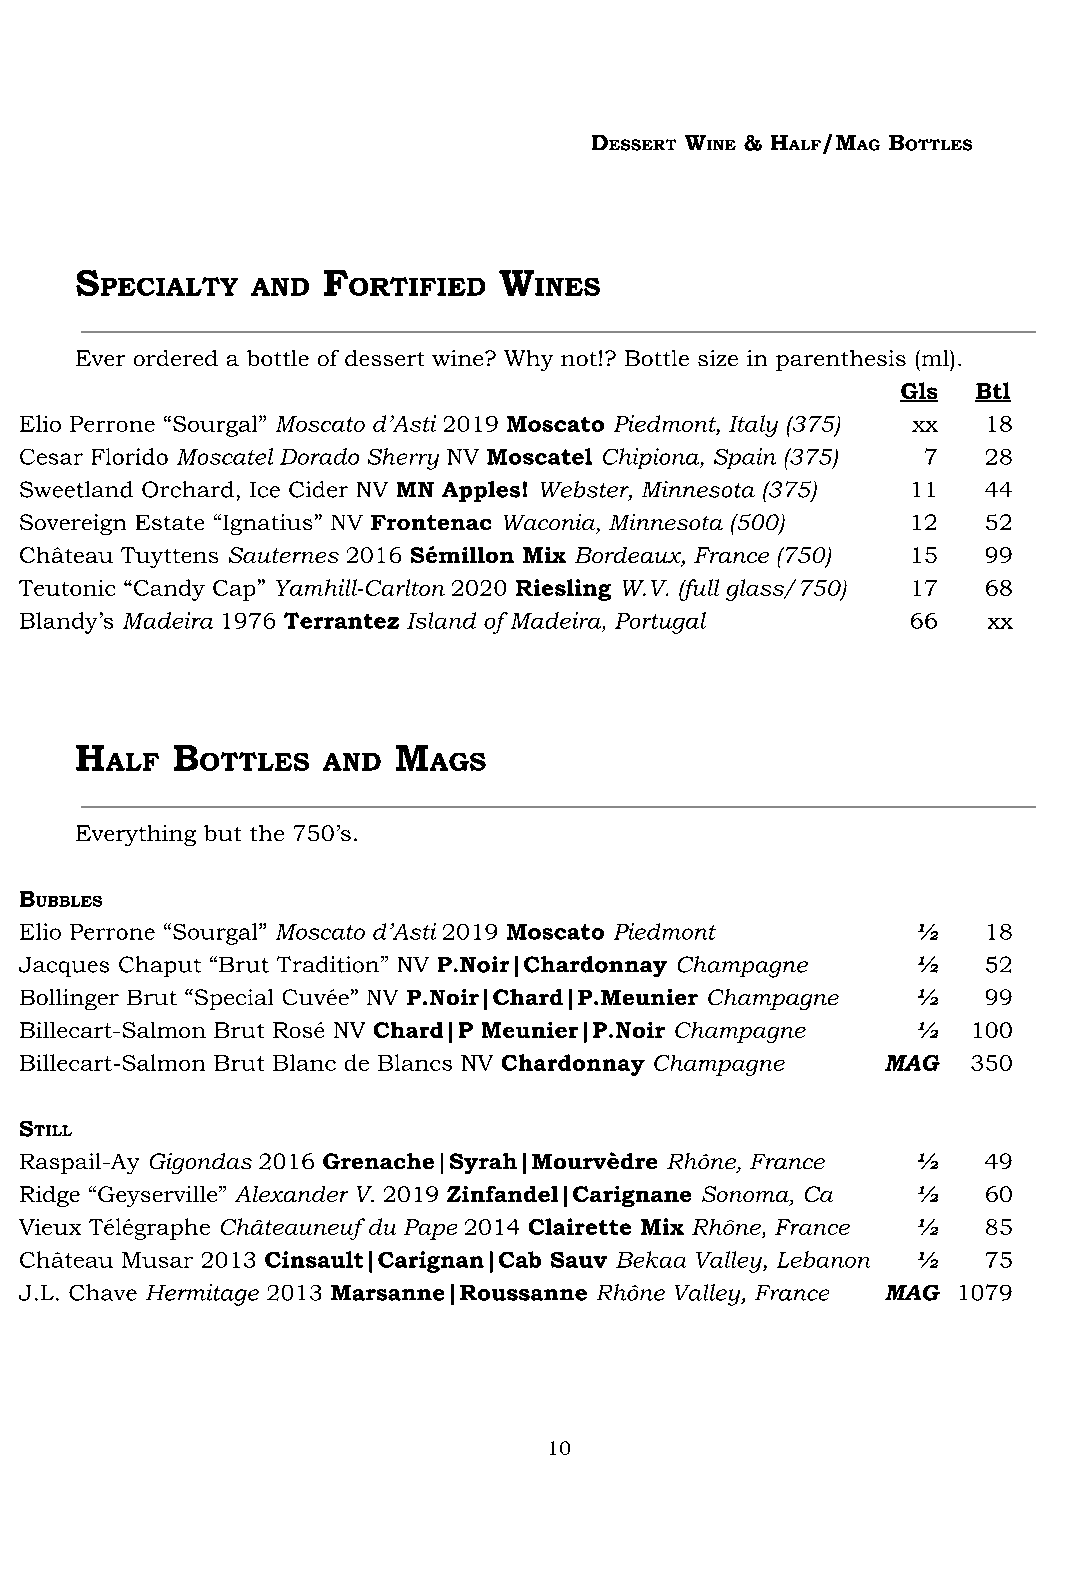
D     W   & H  /M   B
 ESSERT INE  ALF  AG OTTLES
 S               F           W
 PECIALTY  AND   ORTIFIED    INES
 Ever ordered a bottle of dessert wine? Why not!? Bottle size in parenthesis (ml).
 Gls  Btl
 Elio Perrone “Sourgal” Moscato d’Asti 2019 Moscato Piedmont, Italy (375) xx 18
 Cesar Florido Moscatel Dorado Sherry NV Moscatel Chipiona, Spain (375) 7 28
 Sweetland Orchard, Ice Cider NV MN Apples! Webster, Minnesota (375) 11 44
 Sovereign Estate “Ignatius” NV Frontenac Waconia, Minnesota (500) 12 52
 Château Tuyttens Sauternes 2016 Sémillon Mix Bordeaux, France (750) 15 99
 Teutonic “Candy Cap” Yamhill-Carlton 2020 Riesling W.V. (full glass/750) 17 68
 Blandy’s Madeira 1976 Terrantez Island of Madeira, Portugal 66  xx
 H     B              M
 ALF   OTTLES  AND    AGS
 Everything but the 750’s.
 B
 UBBLES
 Elio Perrone “Sourgal” Moscato d’Asti 2019 Moscato Piedmont ½   18
 Jacques Chaput “Brut Tradition” NV P.Noir|Chardonnay Champagne ½ 52
 Bollinger Brut “Special Cuvée” NV P.Noir|Chard|P.Meunier Champagne ½ 99
 Billecart-Salmon Brut Rosé NV Chard|P Meunier|P.Noir Champagne ½ 100
 Billecart-Salmon Brut Blanc de Blancs NV Chardonnay Champagne MAG 350
 S
 TILL
 Raspail-Ay Gigondas 2016 Grenache|Syrah|Mourvèdre Rhône, France ½ 49
 Ridge “Geyserville” Alexander V. 2019 Zinfandel|Carignane Sonoma, Ca ½ 60
 Vieux Télégraphe Châteauneuf du Pape 2014 Clairette Mix Rhône, France ½ 85
 Château Musar 2013 Cinsault|Carignan|Cab Sauv Bekaa Valley, Lebanon ½ 75
 J.L. Chave Hermitage 2013 Marsanne|Roussanne Rhône Valley, France MAG 1079
 10